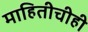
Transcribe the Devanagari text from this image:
माहितीचीही